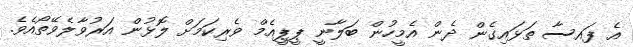
އެ ފައސާ ތަޅައިގެން ދެން އެމީހުން ބަލާނީ ޕީޕީއެމް ވެރިކަމަށް ލޮޅުން އަރުވާލެވޭތޯއެވެ.